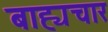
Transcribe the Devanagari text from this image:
बाह्यचार